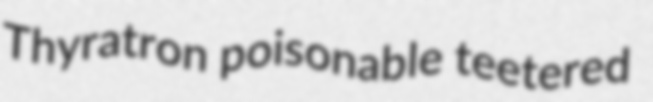
Thyratron poisonable teetered